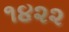
૧૪૨૨